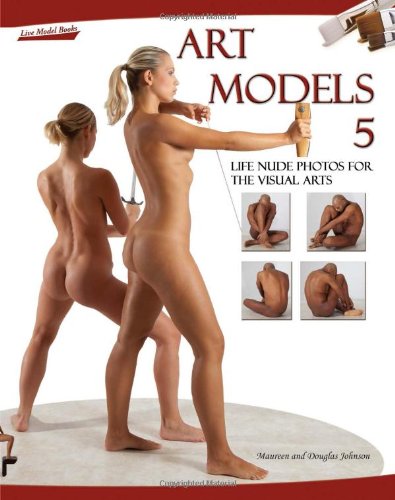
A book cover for Art Models 5: Life Nude Photos for the Visual Arts (Art Models series); Maureen Johnson; Arts & Photography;